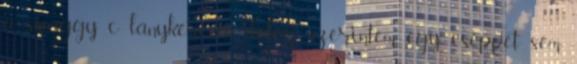
a swaggy c lánykéréses dolog szerintem egy cseppet sem